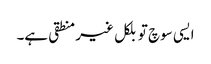
ایسی سوچ تو بلکل غیر منطقی ہے۔